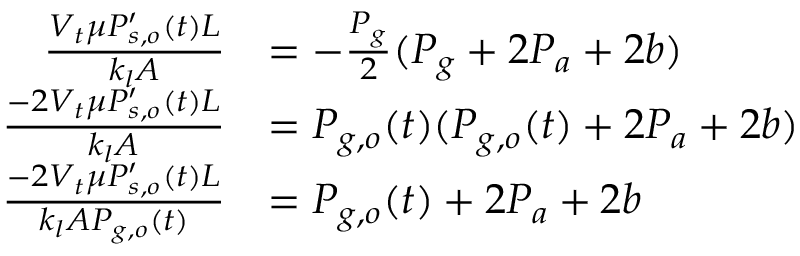
\begin{array} { r l } { \frac { V _ { t } \mu P _ { s , o } ^ { \prime } ( t ) L } { k _ { l } A } } & { = - \frac { P _ { g } } { 2 } ( P _ { g } + 2 P _ { a } + 2 b ) } \\ { \frac { - 2 V _ { t } \mu P _ { s , o } ^ { \prime } ( t ) L } { k _ { l } A } } & { = P _ { g , o } ( t ) ( P _ { g , o } ( t ) + 2 P _ { a } + 2 b ) } \\ { \frac { - 2 V _ { t } \mu P _ { s , o } ^ { \prime } ( t ) L } { k _ { l } A P _ { g , o } ( t ) } } & { = P _ { g , o } ( t ) + 2 P _ { a } + 2 b } \end{array}